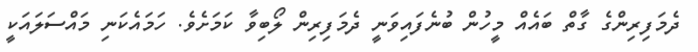
ދެމަފިރިންގެ ގާތް ބައެއް މީހުން ބުނެފައިވަނީ ދެމަފިރިން ލޯބިވާ ކަމަށެވެ. ހަމައެކަނި މައްސަލައަކީ